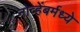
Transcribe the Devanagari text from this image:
नोव्हेंबर्मध्ये